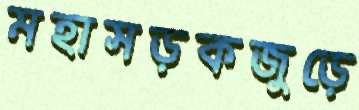
মহাসড়কজুড়ে